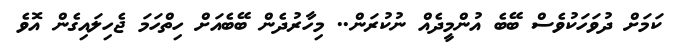
ކަމަށް ދުވަހަކުވެސް ބޭބެ އުންމީދެއް ނުކުރަން.. މިހާރުދެން ބޭބެއަށް ހިތްހަމަ ޖެހިލައިގެން އޮވެ